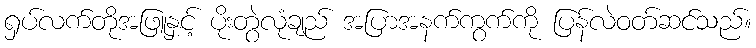
ရှပ်လက်တိုအဖြူနှင့် ပိုးတွဲလုံချည် အပြာအနက်ကွက်ကို ပြန်လဲဝတ်ဆင်သည်။